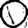
Digit: 0